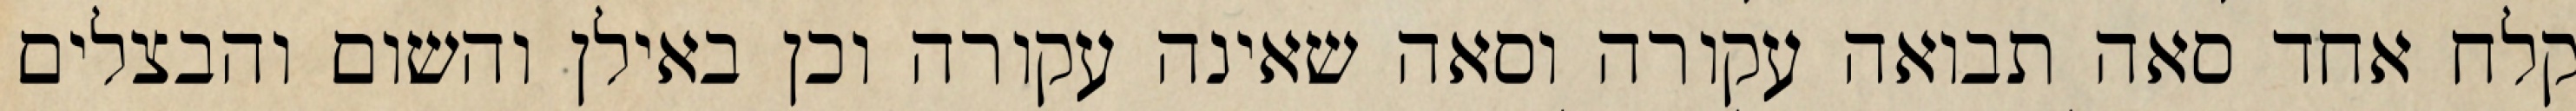
קלח אחד סאה תבואה עקורה וסאה שאינה עקורה וכן באילן והשום והבצלים